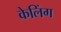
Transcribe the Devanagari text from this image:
केलिंग